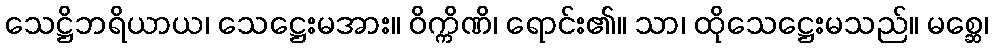
သေဋ္ဌိဘရိယာယ၊ သေဋ္ဌေးမအား။ ဝိက္ကိဏိ၊ ရောင်း၏။ သာ၊ ထိုသေဋ္ဌေးမသည်။ မစ္ဆေ၊